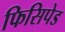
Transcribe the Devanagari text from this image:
फिसिपेड